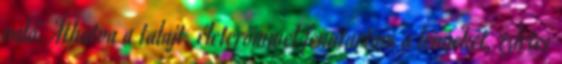
való. Áthatva a talajt, életerőmmel fenntartom a lényeket, izletes